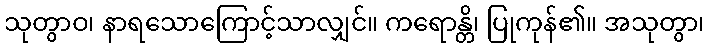
သုတွာဝ၊ နာရသောကြောင့်သာလျှင်။ ကရောန္တိ၊ ပြုကုန်၏။ အသုတွာ၊